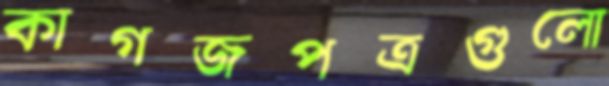
কাগজপত্রগুলো